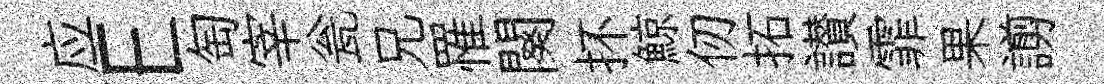
应E匋宰瓮兄罹闋抔鯨仞拓讃霏果謭